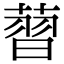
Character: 𦸚